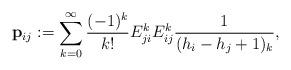
LaTeX: \begin{align*}\mathbf{p}_{ij}:= \sum_{k=0}^\infty \frac{(-1)^k}{k!} E_{ji}^k E_{ij}^k \frac{1}{(h_i-h_j+1)_k},\end{align*}